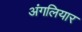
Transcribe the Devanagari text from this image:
अंगलियार